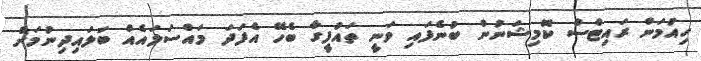
ހިއުމަން ރައިޓްސް ކޮމިޝަނުން ބުނެފައި ވަނީ ތައުފީގާ ބެހޭ އެފަދަ މައްސަލައެއް ބަލައިދިނުމަށް